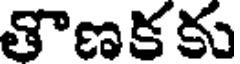
తొణకకు